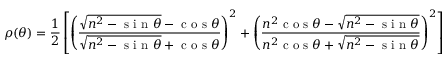
\rho ( \theta ) = \frac { 1 } { 2 } \left[ \left( \frac { \sqrt { n ^ { 2 } - \mathrm { ~ s ~ i ~ n ~ } \theta } - \mathrm { ~ c ~ o ~ s ~ } \theta } { \sqrt { n ^ { 2 } - \mathrm { ~ s ~ i ~ n ~ } \theta } + \mathrm { ~ c ~ o ~ s ~ } \theta } \right) ^ { 2 } + \left( \frac { n ^ { 2 } \mathrm { ~ c ~ o ~ s ~ } \theta - \sqrt { n ^ { 2 } - \mathrm { ~ s ~ i ~ n ~ } \theta } } { n ^ { 2 } \mathrm { ~ c ~ o ~ s ~ } \theta + \sqrt { n ^ { 2 } - \mathrm { ~ s ~ i ~ n ~ } \theta } } \right) ^ { 2 } \right] .